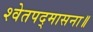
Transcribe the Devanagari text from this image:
श्वेतपद्मासना॥